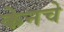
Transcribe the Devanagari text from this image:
केनचे